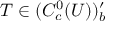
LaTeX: T \in ( C _ { c } ^ { 0 } ( U ) ) _ { b } ^ { \prime }